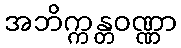
အဘိက္ကန္တဝဏ္ဏာ